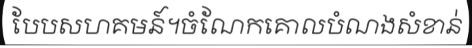
បែបសហគមន៍។ចំណែកគោលបំណងសំខាន់